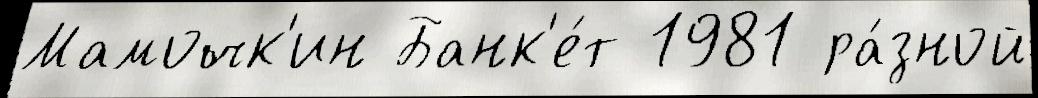
Мамочк'ин Банк'е́т 1981 ра́зной